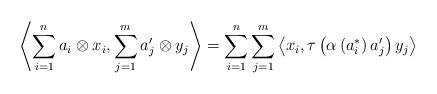
LaTeX: \begin{align*}\left\langle \sum\limits_{i=1}^{n}a_{i}\otimes {x}_{i},\sum\limits_{j=1}^{m}a'_{j}\otimes {y} _{j}\right\rangle=\sum\limits_{i=1}^{n}\sum\limits_{j=1}^{m}\left\langle {x} _{i},\tau\left( \alpha \left( a^{\ast }_{i}\right) a'_{j}\right) {y}_{j}\right\rangle \end{align*}